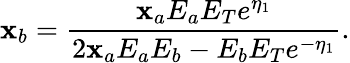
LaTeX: \mathbf{x}_{b}=\frac{{\mathbf{x}_{a}E_{a}E_{T}e^{\eta_{1}}}}{{2\mathbf{x}_{a}E_{a}E_{b}-E_{b}E_{T}e^{-\eta_{1}}}}.